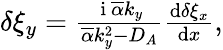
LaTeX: \begin{array}{r}{\delta\xi_{y}=\frac{\mathrm{~i~}\overline{{\alpha}}k_{y}}{\overline{{\alpha}}k_{y}^{2}-D_{A}}\frac{\textrm{d}\delta\xi_{x}}{\textrm{d}x},}\end{array}